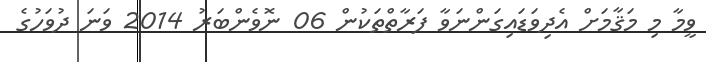
ވީމާ މި މަޤާމަށް އެދިވަޑައިގަންނަވާ ފަރާތްތަކުން 06 ނޮވެންބަރު 2014 ވަނަ ދުވަހުގެ